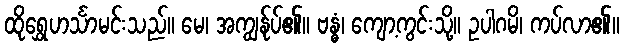
ထိုရွှေဟင်္သာမင်းသည်။ မေ၊ အကျွန်ုပ်၏။ ဗန္ဓံ၊ ကျော့ကွင်းသို့။ ဥပါဂမိ၊ ကပ်လာ၏။